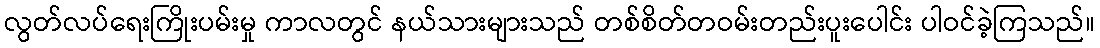
လွတ်လပ်ရေးကြိုးပမ်းမှု ကာလတွင် နယ်သားများသည် တစ်စိတ်တဝမ်းတည်းပူးပေါင်း ပါဝင်ခဲ့ကြသည်။